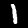
Label: 1